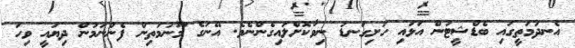
އެނދުމަތީގައި ބެޑްޝީޓުން އަޅައި ހަށިގަނޑު ނިވާކޮށްލައިގެންނެވެ. އޭނަގެ މޫނުމަތިން ފެންނަމުން ދިޔައީ ވިހަ